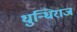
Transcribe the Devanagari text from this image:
धुन्धिराज